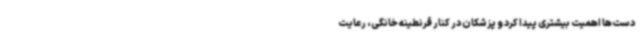
دست‌ها اهمیت بیشتری پیدا کرد و پزشکان در کنار قرنطینه خانگی، رعایت